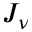
J _ { \nu }